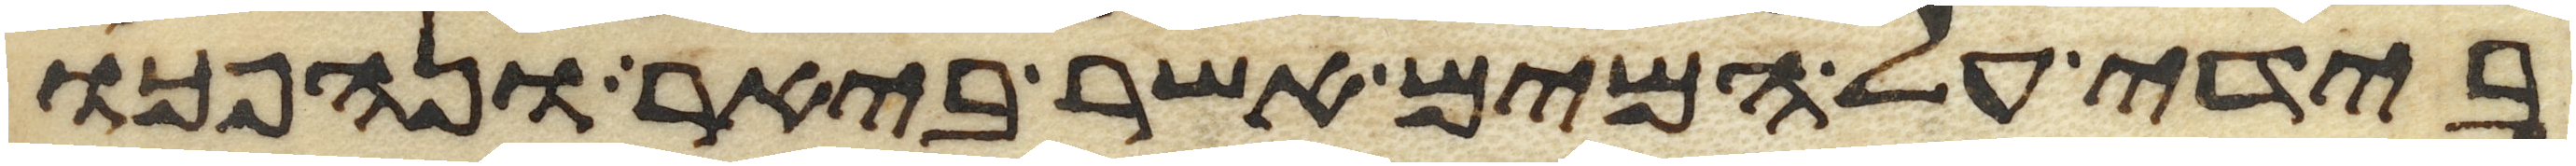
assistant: בידי על המים אשר ביאר ונהפכו